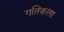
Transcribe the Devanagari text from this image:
गतिकरण